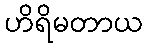
ဟိရိမတာယ